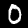
Label: 0